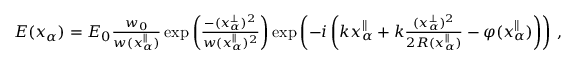
\begin{array} { r } { E ( x _ { \alpha } ) = E _ { 0 } \frac { w _ { 0 } } { w ( x _ { \alpha } ^ { \parallel } ) } \exp \left( \frac { - ( x _ { \alpha } ^ { \perp } ) ^ { 2 } } { w ( x _ { \alpha } ^ { \parallel } ) ^ { 2 } } \right) \exp \left( - i \left( k x _ { \alpha } ^ { \parallel } + k \frac { ( x _ { \alpha } ^ { \perp } ) ^ { 2 } } { 2 R ( x _ { \alpha } ^ { \parallel } ) } - \varphi ( x _ { \alpha } ^ { \parallel } ) \right) \right) \, , } \end{array}